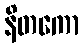
နိတကော